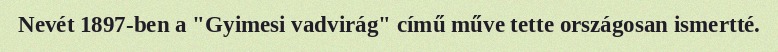
Nevét 1897-ben a "Gyimesi vadvirág" című műve tette országosan ismertté.